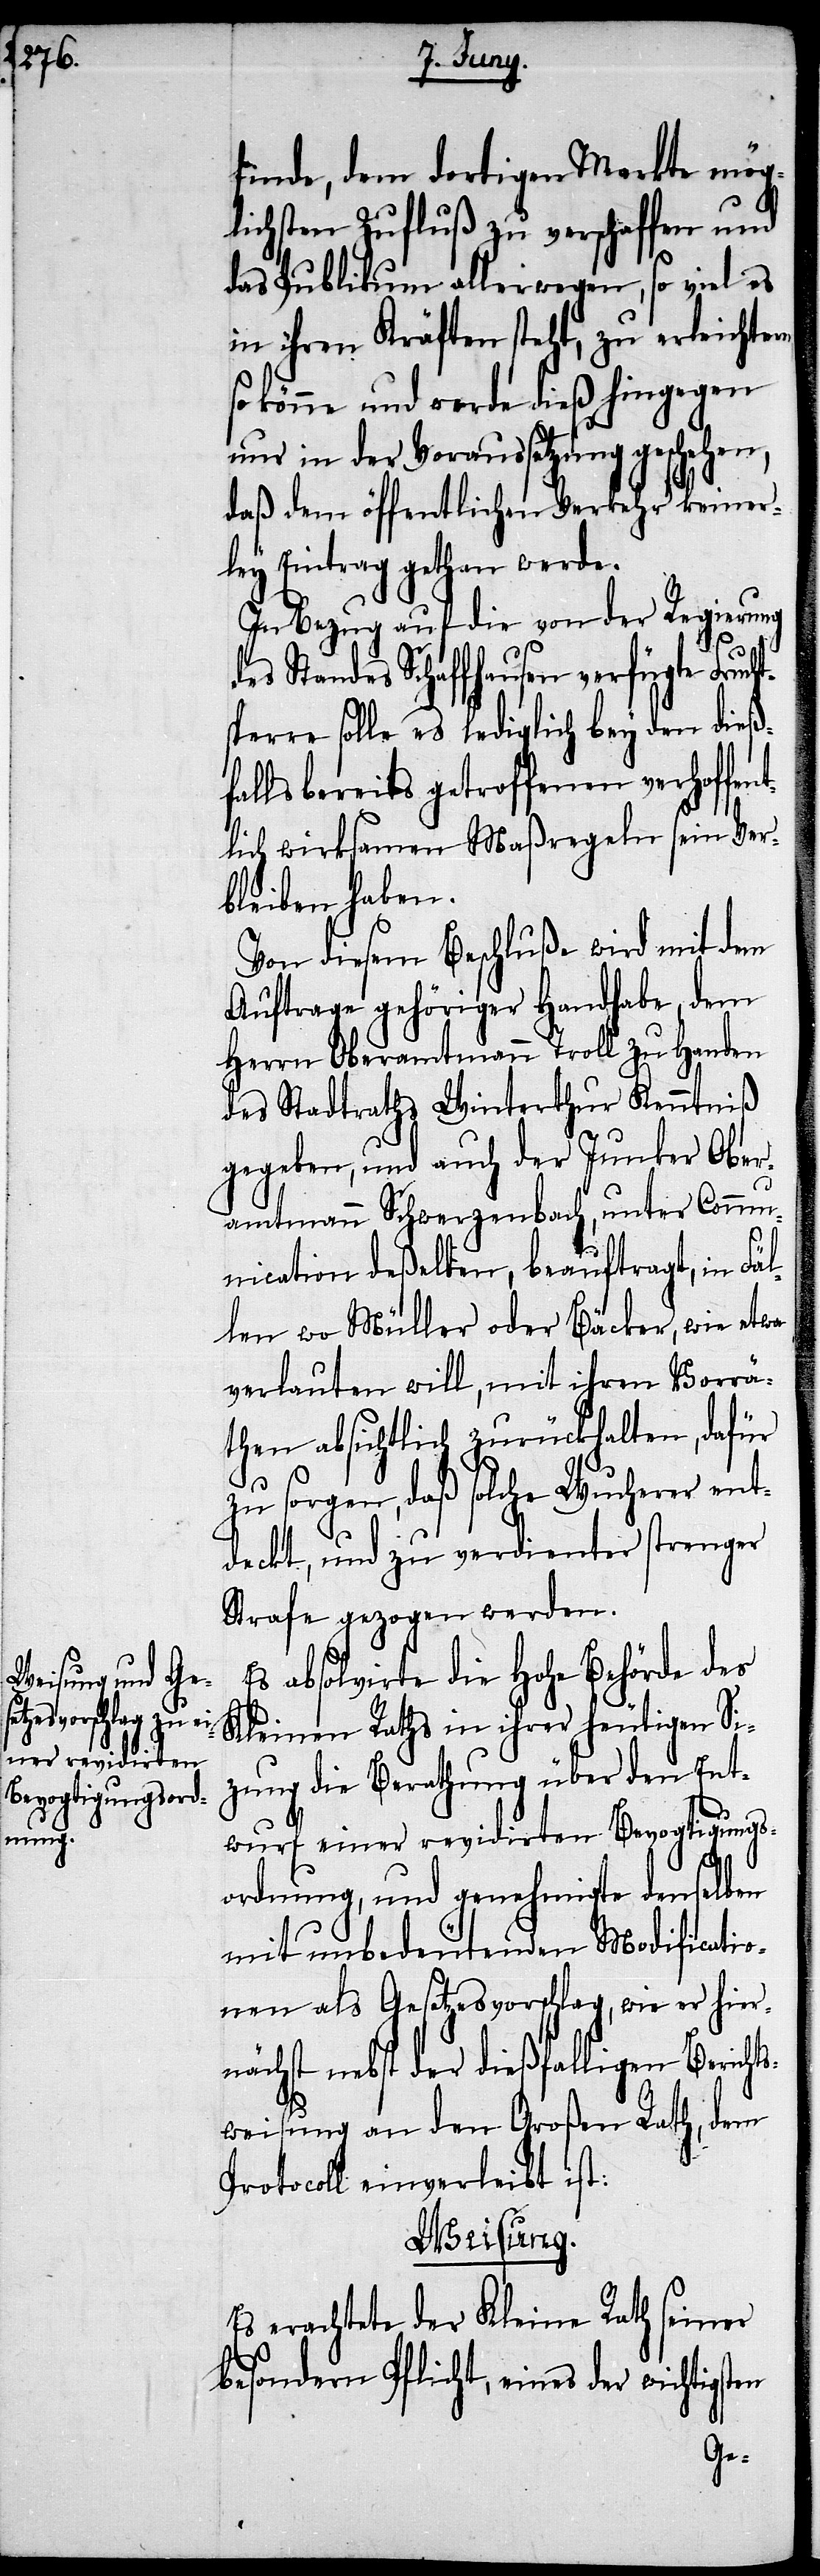
finde, dem dortigen Markte mög¬
lichsten Zufluß zu verschaffen und
das Publikum allerwegen, so viel es
in ihren Kräften steht, zu erleicht¬
so könne und werde dieß hingegen
nur in der Voraussetzung geschehen,
daß dem öffentlichen Verkehr keiner¬
ley Eintrag gethan werde.
In Bezug auf die von der Regierung
Standes Schaffhausen verfügte Fruc¬
sperre solle es lediglich bey den dieß¬
falls bereits getroffenen verhoffen¬
tlich wirksamen Maßregeln sein Ver¬
bleiben haben.
Von diesem Beschluße wird mit dem
Auftrage gehöriger Handhabe, dem
Herrn Oberamtmann Troll zu Handen
des Stadtraths Winterthur Kenntniß
gegeben, und auch der Junker Ober¬
amtmann Schwerzenbach, unter Commu¬
nication deßelben, beauftragt, in Fä¬
llen, wo Müller oder Bäcker, wie etwa
verlauten will, mit ihren Vorrä¬
then absichtlich zurückhalten, dafür
zu sorgen, daß solche Wucherer ent¬
deckt, und zu verdienter strenger
Strafe gezogen werden.
Es absolvirte die Hohe Behörde des
Kleinen Raths in ihrer heutigen Si¬
zung die Berathung über den Ent¬
wurf einer revidirten Bevogtigungs¬
ordnung, und genehmigte denselben
mit unbedeutenden Modificatio¬
nen als Gesetzesvorschlag, wie er hier¬
nächst nebst der dießfälligen Bericht¬
sweisung an den Großen Rath, dem
Protocoll einverleibt ist:
Weisung.
Es erachtete der Kleine Rath seiner
besondern Pflicht, eines der wichtigsten
ht¬